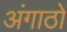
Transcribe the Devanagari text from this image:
अंगाठों